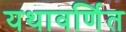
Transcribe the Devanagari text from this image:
यथावर्णित